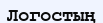
Логостың